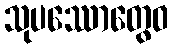
သုပဿောတွေဝ